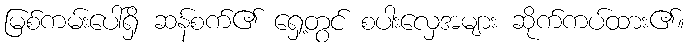
မြစ်ကမ်းပေါ်ရှိ ဆန်စက်၏ ရှေ့တွင် စပါးလှေအများ ဆိုက်ကပ်ထား၏။